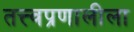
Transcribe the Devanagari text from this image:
तत्त्वप्रणालीला